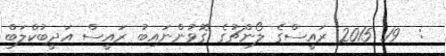
:  19